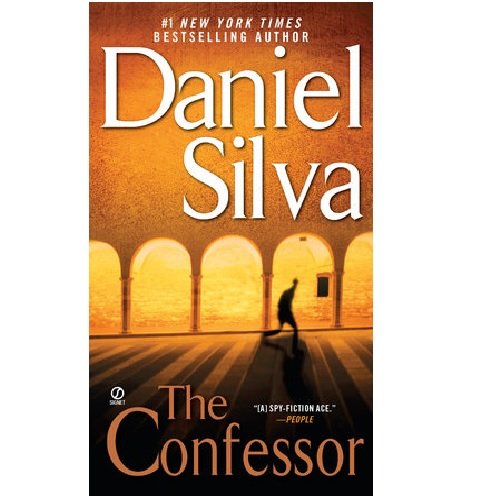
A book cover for The Confessor (Gabriel Allon Novels); Daniel Silva; Mystery, Thriller & Suspense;